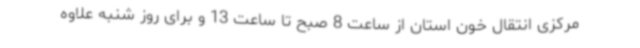
مرکزی انتقال خون استان از ساعت 8 صبح تا ساعت 13 و برای روز شنبه علاوه